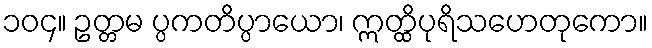
၁၀၄။ ဥတ္တမ ပ္ပကတိပ္ပာယော၊ ဣတ္ထိပုရိသဟေတုကော။